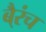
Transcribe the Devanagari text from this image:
बै्रंच